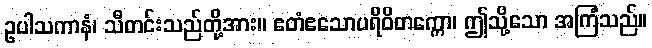
ဥပါသကာနံ၊ သီတင်းသည်တို့အား။ ဧတံဧသောပရိဝိတက္ကော၊ ဤသို့သော အကြံသည်။